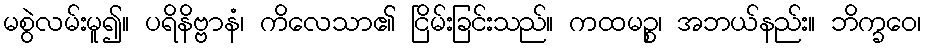
မစွဲလမ်းမူ၍။ ပရိနိဗ္ဗာနံ၊ ကိလေသာ၏ ငြိမ်းခြင်းသည်။ ကထမဉ္စ၊ အဘယ်နည်း။ ဘိက္ခဝေ၊